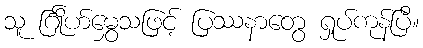
သူ င်္ဂြိုဟ်မွှေသဖြင့် ပြဿနာတွေ ရှုပ်ကုန်ပြီ။